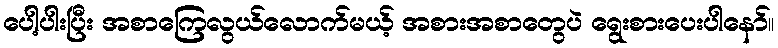
ပေါ့ပါးပြီး အစာကြေလွယ်လောက်မယ့် အစားအစာတွေပဲ ရွေးစားပေးပါနော်။